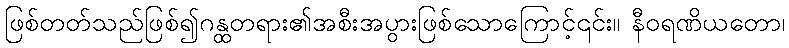
ဖြစ်တတ်သည်ဖြစ်၍ဂန္ထတရား၏အစီးအပွားဖြစ်သောကြောင့်၎င်း။ နီဝရဏိယတော၊